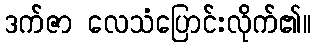
ဒက်ဇာ လေသံပြောင်းလိုက်၏။